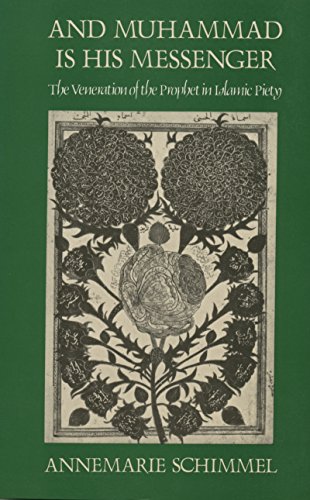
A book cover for And Muhammad Is His Messenger: The Veneration of the Prophet in Islamic Piety (Studies in Religion); Annemarie Schimmel; Religion & Spirituality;